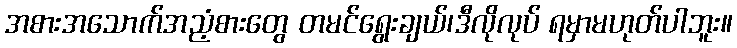
အစားအသောက်အညံ့စားတွေ တမင်ရွေးချယ်၊ဒီလိုလုပ် ရမှာမဟုတ်ပါဘူး။